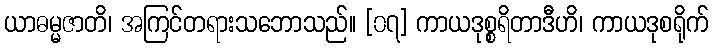
ယာဓမ္မဇာတိ၊ အကြင်တရားသဘောသည်။ [၀၇] ကာယဒုစ္စရိတာဒီဟိ၊ ကာယဒုစရိုက်